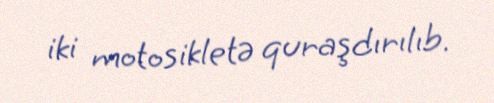
iki motosikletə quraşdırılıb.